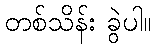
တစ်သိန်း ခွဲပါ။